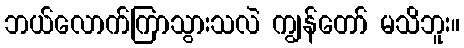
ဘယ်လောက်ကြာသွားသလဲ ကျွန်တော် မသိဘူး။